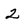
Character: 2